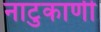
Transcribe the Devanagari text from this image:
नाटुकाणी